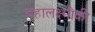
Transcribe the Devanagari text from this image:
महालक्ष्मीकी